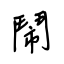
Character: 鬧